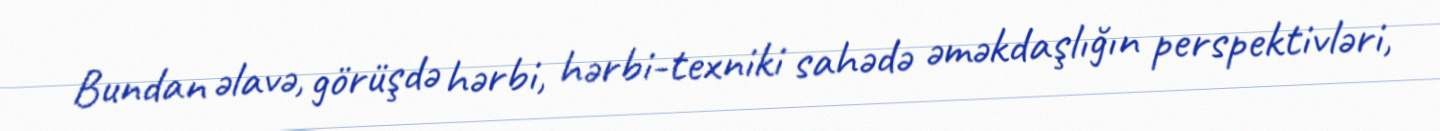
Bundan əlavə, görüşdə hərbi, hərbi-texniki sahədə əməkdaşlığın perspektivləri,